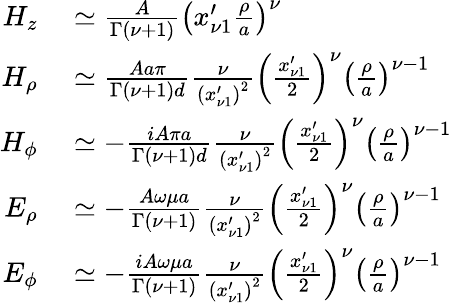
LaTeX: \begin{array}{rl}{H_{z}}&{{}\simeq\frac{A}{\Gamma\left(\nu+1\right)}\left(x_{\nu 1}^{\prime}\frac{\rho}{a}\right)^{\nu}}\\ {H_{\rho}}&{{}\simeq\frac{Aa\pi}{\Gamma\left(\nu+1\right)d}\frac{\nu}{\left(x_{\nu 1}^{\prime}\right)^{2}}\left(\frac{x_{\nu 1}^{\prime}}{2}\right)^{\nu}\left(\frac{\rho}{a}\right)^{\nu-1}}\\ {H_{\phi}}&{{}\simeq-\frac{iA\pi a}{\Gamma(\nu+1)d}\frac{\nu}{\left(x_{\nu 1}^{\prime}\right)^{2}}\left(\frac{x_{\nu 1}^{\prime}}{2}\right)^{\nu}\left(\frac{\rho}{a}\right)^{\nu-1}}\\ {E_{\rho}}&{{}\simeq-\frac{A\omega\mu a}{\Gamma(\nu+1)}\frac{\nu}{\left(x_{\nu 1}^{\prime}\right)^{2}}\left(\frac{x_{\nu 1}^{\prime}}{2}\right)^{\nu}\left(\frac{\rho}{a}\right)^{\nu-1}}\\ {E_{\phi}}&{{}\simeq-\frac{iA\omega\mu a}{\Gamma(\nu+1)}\frac{\nu}{\left(x_{\nu 1}^{\prime}\right)^{2}}\left(\frac{x_{\nu 1}^{\prime}}{2}\right)^{\nu}\left(\frac{\rho}{a}\right)^{\nu-1}}\end{array}